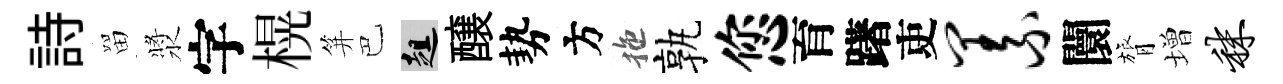
詩㽞漿字榥笄巴趄醸勢方拖孰您育躇吏义闤膂増秣